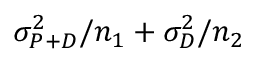
\sigma _ { P + D } ^ { 2 } / n _ { 1 } + \sigma _ { D } ^ { 2 } / n _ { 2 }